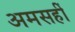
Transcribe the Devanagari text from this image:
अमसहीं